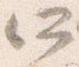
所